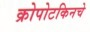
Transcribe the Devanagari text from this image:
क्रोपोटकिनचे